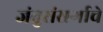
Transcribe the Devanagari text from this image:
जंतुसंसर्गाचे